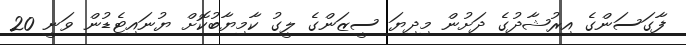
ފާގަސަންގެ އިރުޝާދުގެ ދަށުން މިދިޔަ ސީޒަންގެ ލީގު ކާމިޔާބުކޮށް ޔުނައިޓެޑުން ވަނީ 20